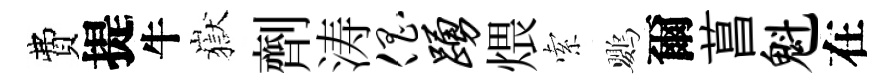
費提牛嶽劑涛倡踊煨索鸚爾菖魁在